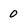
Character: 0